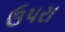
ઉપરા